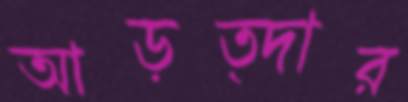
আড়ত্দার